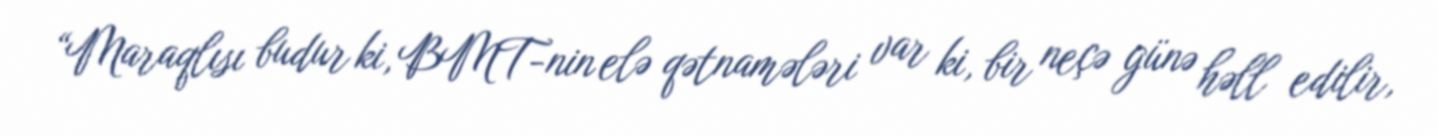
“Maraqlısı budur ki, BMT-nin elə qətnamələri var ki, bir neçə günə həll edilir,